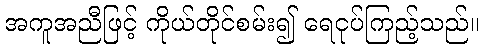
အကူအညီဖြင့် ကိုယ်တိုင်စမ်း၍ ရေငုပ်ကြည့်သည်။